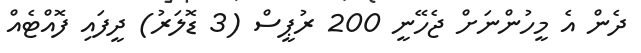
ދެން އެ މީހުންނަށް ޖެހޭނީ 200 ރުޕީސް (3 ޑޮލަރު) ދީފައި ފޮއްޓެއް